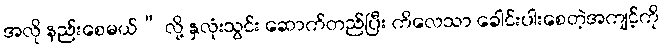
အလို နည်းစေမယ်” လို့ နှလုံးသွင်း ဆောက်တည်ပြီး ကိလေသာ ခေါင်းပါးစေတဲ့အကျင့်ကို